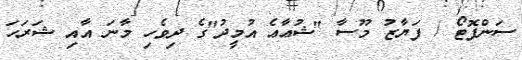
ސަންފޮޓޯ / ފަޔާޒު މޫސާ "ޝުޢާޢެ އުމީދު"ގެ ދިވެހި މާނަ އާއި ޝަރަހަ